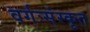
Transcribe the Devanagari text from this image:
वर्गःसंस्कृत